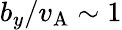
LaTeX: b_{y}/v_{\mathrm{A}}\sim 1